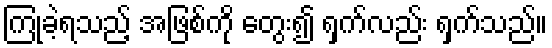
ကြုံခဲ့ရသည့် အဖြစ်ကို တွေး၍ ရှက်လည်း ရှက်သည်။